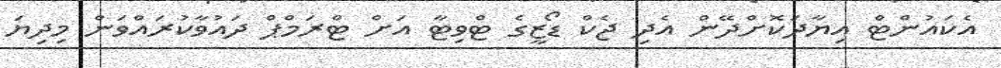
އެކައުންޓް އިޔާދަކޮށްދޭން އެދި ޖެކް ޑޯޒީގެ ޓްވިޓާ އަށް ޓްރަމްޕް ދައުވާކުރައްވަން މިދިޔަ